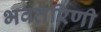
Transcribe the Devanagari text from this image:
भवतरिणी